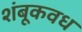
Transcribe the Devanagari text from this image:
शंबूकवध